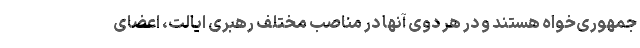
جمهوری‌خواه هستند و در هر دوی آنها در مناصب مختلف رهبری ایالت، اعضای